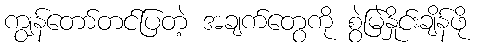
ကျွန်တော်တင်ပြတဲ့ အချက်တွေကို စွဲမြဲနှိုင်းချိန်ဖို